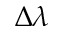
\Delta { \lambda }